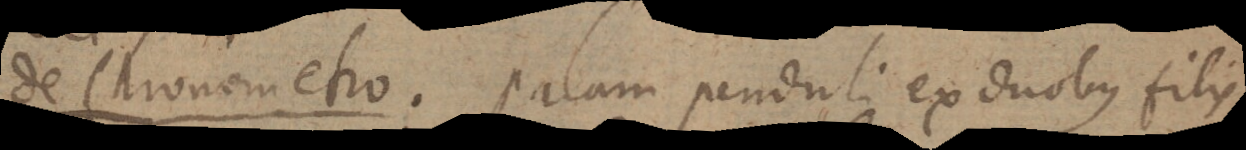
de Chronometro. Palam penduli ex duobus filis